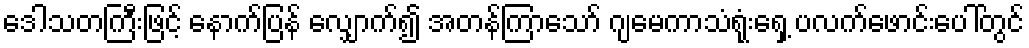
ဒေါသတကြီးဖြင့် နောက်ပြန် လျှောက်၍ အတန်ကြာသော် ဂျမေကာသံရုံးရှေ့ ပလက်ဖောင်းပေါ်တွင်